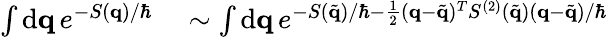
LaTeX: \begin{array}{rl}{\int\mathrm{d}\mathbf{q}\, e^{-S(\mathbf{q})/\hbar}}&{{}\sim\int\mathrm{d}\mathbf{q}\, e^{-S(\tilde{\mathbf{q}})/\hbar-\frac{1}{2}(\mathbf{q}-\tilde{\mathbf{q}})^{T}S^{(2)}(\tilde{\mathbf{q}})(\mathbf{q}-\tilde{\mathbf{q}})/\hbar}}\end{array}